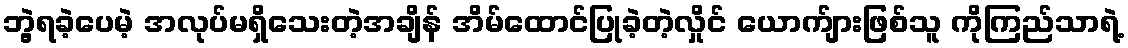
ဘွဲ့ရခဲ့ပေမဲ့ အလုပ်မရှိသေးတဲ့အချိန် အိမ်ထောင်ပြုခဲ့တဲ့လှိုင် ယောက်ျားဖြစ်သူ ကိုကြည်သာရဲ့